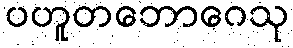
ပဟူတဘောဂေသု